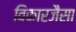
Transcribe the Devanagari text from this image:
विकारजैसा